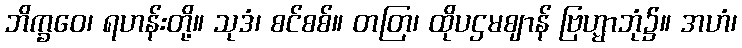
ဘိက္ခဝေ၊ ရဟန်းတို့။ သုဒံ၊ စင်စစ်။ တတြ၊ ထိုပဌမဈာန် ဗြဟ္မာဘုံ၌။ အဟံ၊